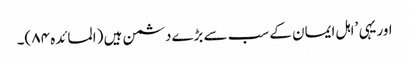
اوریہی ’اہل ایمان کے سب سے بڑےدشمن ہیں (المائدہ ۸۴)۔